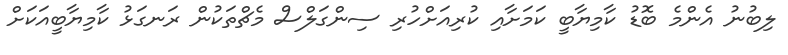
ލިބުނު އެންމެ ބޮޑު ކާމިޔާބީ ކަމަށާއި ކުރިއަށްހުރި ސިންގަލްސް މެޗްތަކުން ރަނގަޅު ކާމިޔާބީއަކަށް